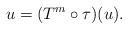
LaTeX: \begin{align*}u = (T^m \circ \tau)(u).\end{align*}